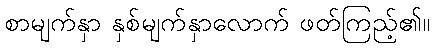
စာမျက်နှာ နှစ်မျက်နှာလောက် ဖတ်ကြည့်၏။